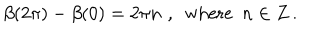
LaTeX: \beta ( 2 \pi ) - \beta ( 0 ) = 2 \pi n \, \, , \, \, \, \mathrm { w h e r e } \, \, \, n \in Z \, .